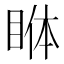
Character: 𱲺